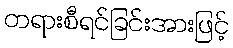
တရားစီရင်ခြင်းအားဖြင့်